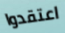
اعتقدوا